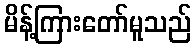
မိန့်ကြားတော်မူသည်